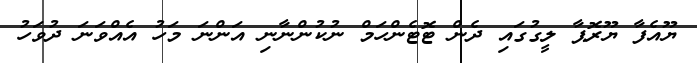
ޔޫއެފާ ޔޫރޮޕާ ލީގުގައި ދެން ޓޮޓެންހަމް ނުކުންނާނި އަންނަ މަހު އެއްވަނަ ދުވަހު